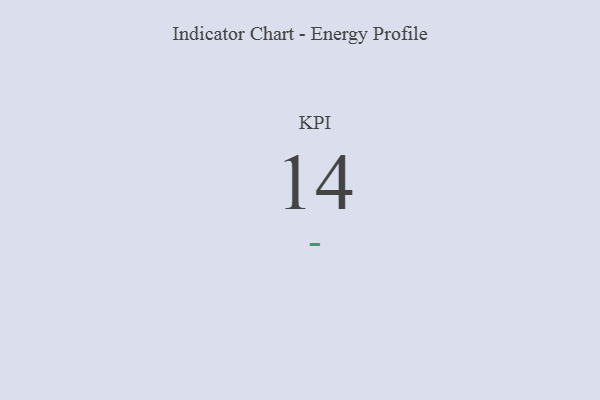
{"axis": {"x": "KPI", "y": "Value"}, "legend": [""], "data": [{"x": "KPI", "y": 14, "type": ""}]}